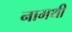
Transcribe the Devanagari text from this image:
नामथी